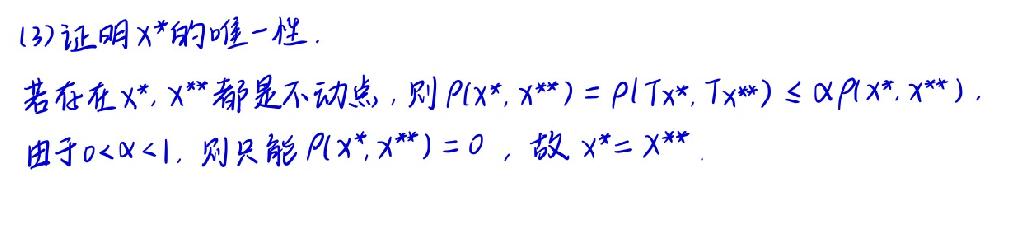
(3)证明$x^{*}$的唯一性.
若存在$x^{*},x^{**}$都是不动点, 则$\rho(x^{*},x^{**})=\rho(Tx^{*},Tx^{**})\leq\alpha\rho(x^{*},x^{**})$.
由于$0<\alpha<1$, 则只能$\rho(x^{*},x^{**}) = 0$, 故$x^{*}=x^{**}$.